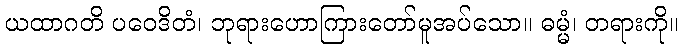
ယထာဂတိ ပဝေဒိတံ၊ ဘုရားဟောကြားတော်မူအပ်သော။ ဓမ္မံ၊ တရားကို။